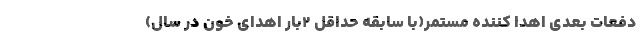
دفعات بعدی اهدا کننده مستمر(با سابقه حداقل ۲بار اهدای خون در سال)